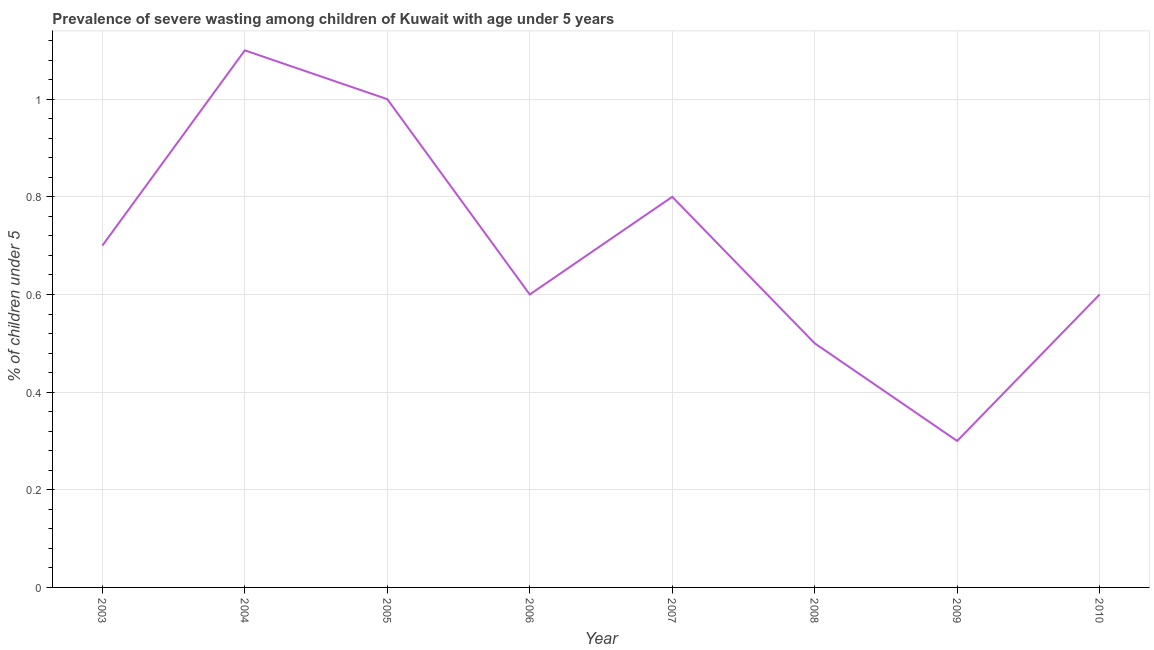
| Year | Prevalence of severe wasting |
 | --- | --- |
 | 2003 | 0.7 |
 | 2004 | 1.1 |
 | 2005 | 1 |
 | 2006 | 0.6 |
 | 2007 | 0.8 |
 | 2008 | 0.5 |
 | 2009 | 0.3 |
 | 2010 | 0.6 |